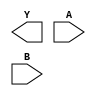
module sky130_fd_sc_hs__xnor2 (
    Y,
    A,
    B
);

    output Y;
    input  A;
    input  B;

    // Voltage supply signals
    supply1 VPWR;
    supply0 VGND;

endmodule